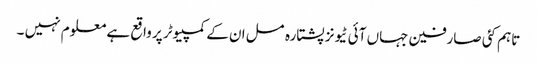
تاہم کئی صارفین جہاں آئی ٹیونز پشتارہ مسل ان کے کمپیوٹر پر واقع ہے معلوم نہیں ۔